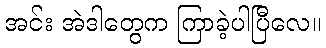
အင်း အဲဒါတွေက ကြာခဲ့ပါပြီလေ။